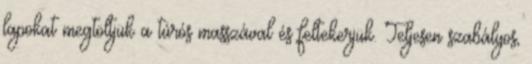
lapokat megtöltjük a túrós masszával és feltekerjük. Teljesen szabályos,